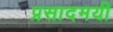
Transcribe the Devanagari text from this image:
प्रसादमयी